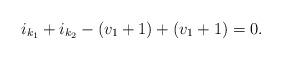
LaTeX: \begin{align*} i_{k_{1}}+ i_{k_{2}} -(v_1+1)+(v_1+1)=0. \end{align*}